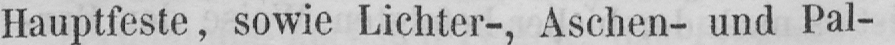
Hauptfeste, sowie Lichter-, Aschen- und Pal-